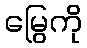
မြွေကို